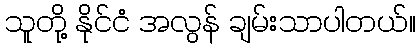
သူတို့ နိုင်ငံ အလွန် ချမ်းသာပါတယ်။